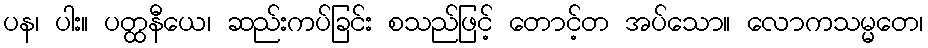
ပန၊ ပါး။ ပတ္ထနီယေ၊ ဆည်းကပ်ခြင်း စသည်ဖြင့် တောင့်တ အပ်သော။ လောကသမ္မတေ၊